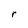
Character: r